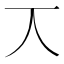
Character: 𠆣